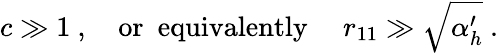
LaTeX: c\gg 1\ ,\ \ \ \ \mathrm{or\ \ equivalently}\ \ \ \ \ r_{11}\gg\sqrt{\alpha_{h}^{\prime}}\ .